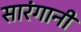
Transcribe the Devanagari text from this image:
सारंगानी